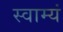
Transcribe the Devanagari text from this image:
स्वाम्यं